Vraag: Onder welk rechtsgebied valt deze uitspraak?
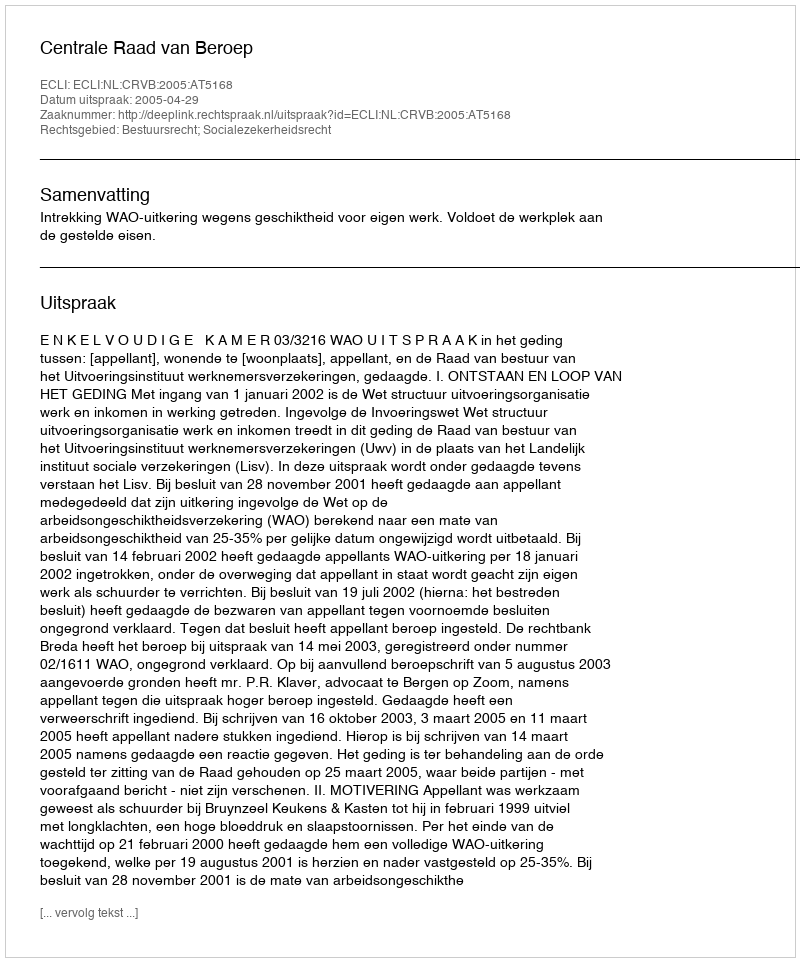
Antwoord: Bestuursrecht; Socialezekerheidsrecht